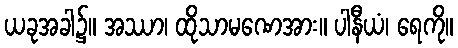
ယခုအခါ၌။ အဿာ၊ ထိုသာမဏေအား။ ပါနီယံ၊ ရေကို။